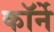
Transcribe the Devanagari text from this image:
कॉर्ने